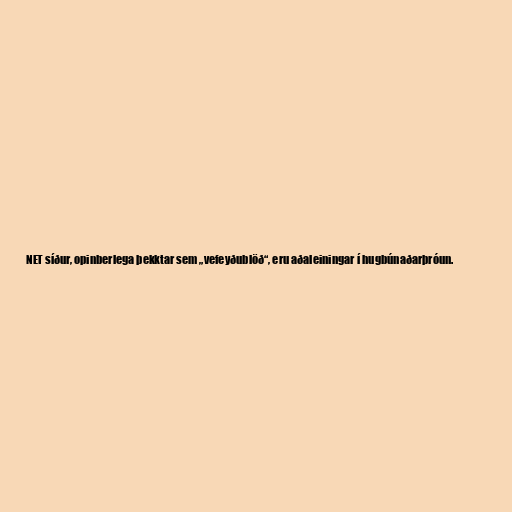
NET síður, opinberlega þekktar sem „vefeyðublöð“, eru aðaleiningar í hugbúnaðarþróun.